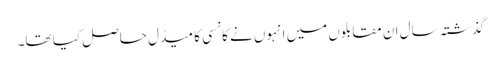
گذشتہ سال ان مقابلوں میں انہوں نے کانسی کا میڈل حاصل کیا تھا۔